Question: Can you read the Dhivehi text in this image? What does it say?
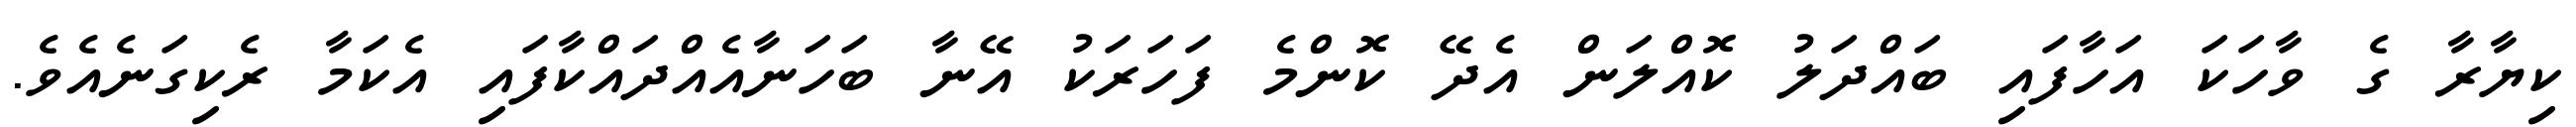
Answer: ކިޔާރާ ގެ ވާހަކަ އަހާފައި ބައްދަލު ކޮއްލަން އެދޭ ކޮންމެ ފަހަރަކު އޭނާ ބަހަނާއެއްދައްކާފައި އެކަމާ ރެކިގަނެއެވެ.